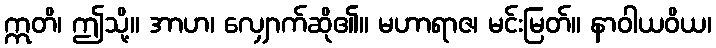
ဣတိ၊ ဤသို့။ အာဟ၊ လျှောက်ဆို၏။ မဟာရာဇ၊ မင်းမြတ်။ နာဝါယဝိယ၊